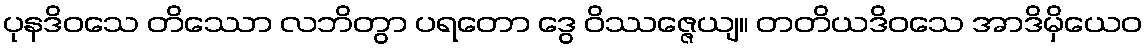
ပုနဒိဝသေ တိဿော လဘိတွာ ပရတော ဒွေ ဝိဿဇ္ဇေယျ။ တတိယဒိဝသေ အာဒိမှိယေဝ